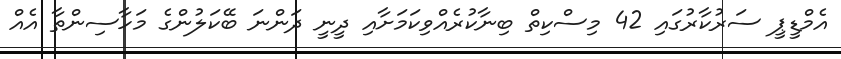
އެމްޑީޕީ ސަރުކާރުގައި 42 މިސްކިތް ބިނާކުރެއްވިކަމަށާއި ދީނީ ދަންނަ ބޭކަލުންގެ މަހާސިންތާ އެއް